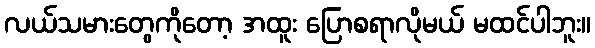
လယ်သမားတွေကိုတော့ အထူး ပြောစရာလိုမယ် မထင်ပါဘူး။